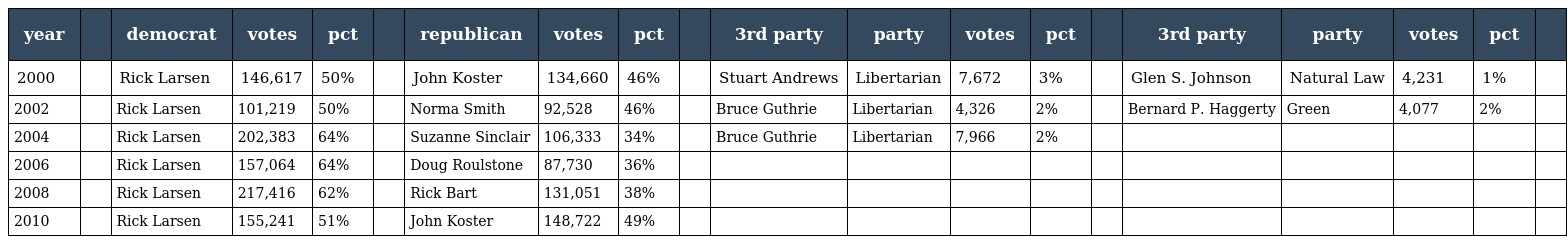
| year |  | democrat | votes | pct |  | republican | votes | pct |  | 3rd party | party | votes | pct |  | 3rd party | party | votes | pct |  |
 | --- | --- | --- | --- | --- | --- | --- | --- | --- | --- | --- | --- | --- | --- | --- | --- | --- | --- | --- | --- |
 | 2000 |  | Rick Larsen | 146,617 | 50% |  | John Koster | 134,660 | 46% |  | Stuart Andrews | Libertarian | 7,672 | 3% |  | Glen S. Johnson | Natural Law | 4,231 | 1% |  |
 | 2002 |  | Rick Larsen | 101,219 | 50% |  | Norma Smith | 92,528 | 46% |  | Bruce Guthrie | Libertarian | 4,326 | 2% |  | Bernard P. Haggerty | Green | 4,077 | 2% |  |
 | 2004 |  | Rick Larsen | 202,383 | 64% |  | Suzanne Sinclair | 106,333 | 34% |  | Bruce Guthrie | Libertarian | 7,966 | 2% |  |  |  |  |  |  |
 | 2006 |  | Rick Larsen | 157,064 | 64% |  | Doug Roulstone | 87,730 | 36% |  |  |  |  |  |  |  |  |  |  |  |
 | 2008 |  | Rick Larsen | 217,416 | 62% |  | Rick Bart | 131,051 | 38% |  |  |  |  |  |  |  |  |  |  |  |
 | 2010 |  | Rick Larsen | 155,241 | 51% |  | John Koster | 148,722 | 49% |  |  |  |  |  |  |  |  |  |  |  |